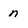
Character: n